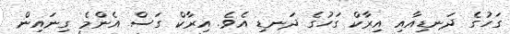
ގަހުގެ ދަނޑިއާއި އިރާކް ގަހުގެ ދަނޑި އެވެ. އިރާކް ގަސް އެންމެ ގިނައިން